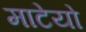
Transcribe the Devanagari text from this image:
माटेयो